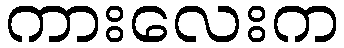
ကားလေးက